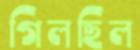
গিলছিল